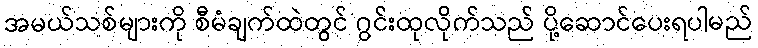
အမယ်သစ်များကို စီမံချက်ထဲတွင် ဂွင်းထုလိုက်သည် ပို့ဆောင်ပေးရပါမည်